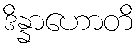
ဒိန္နာဟောတိ